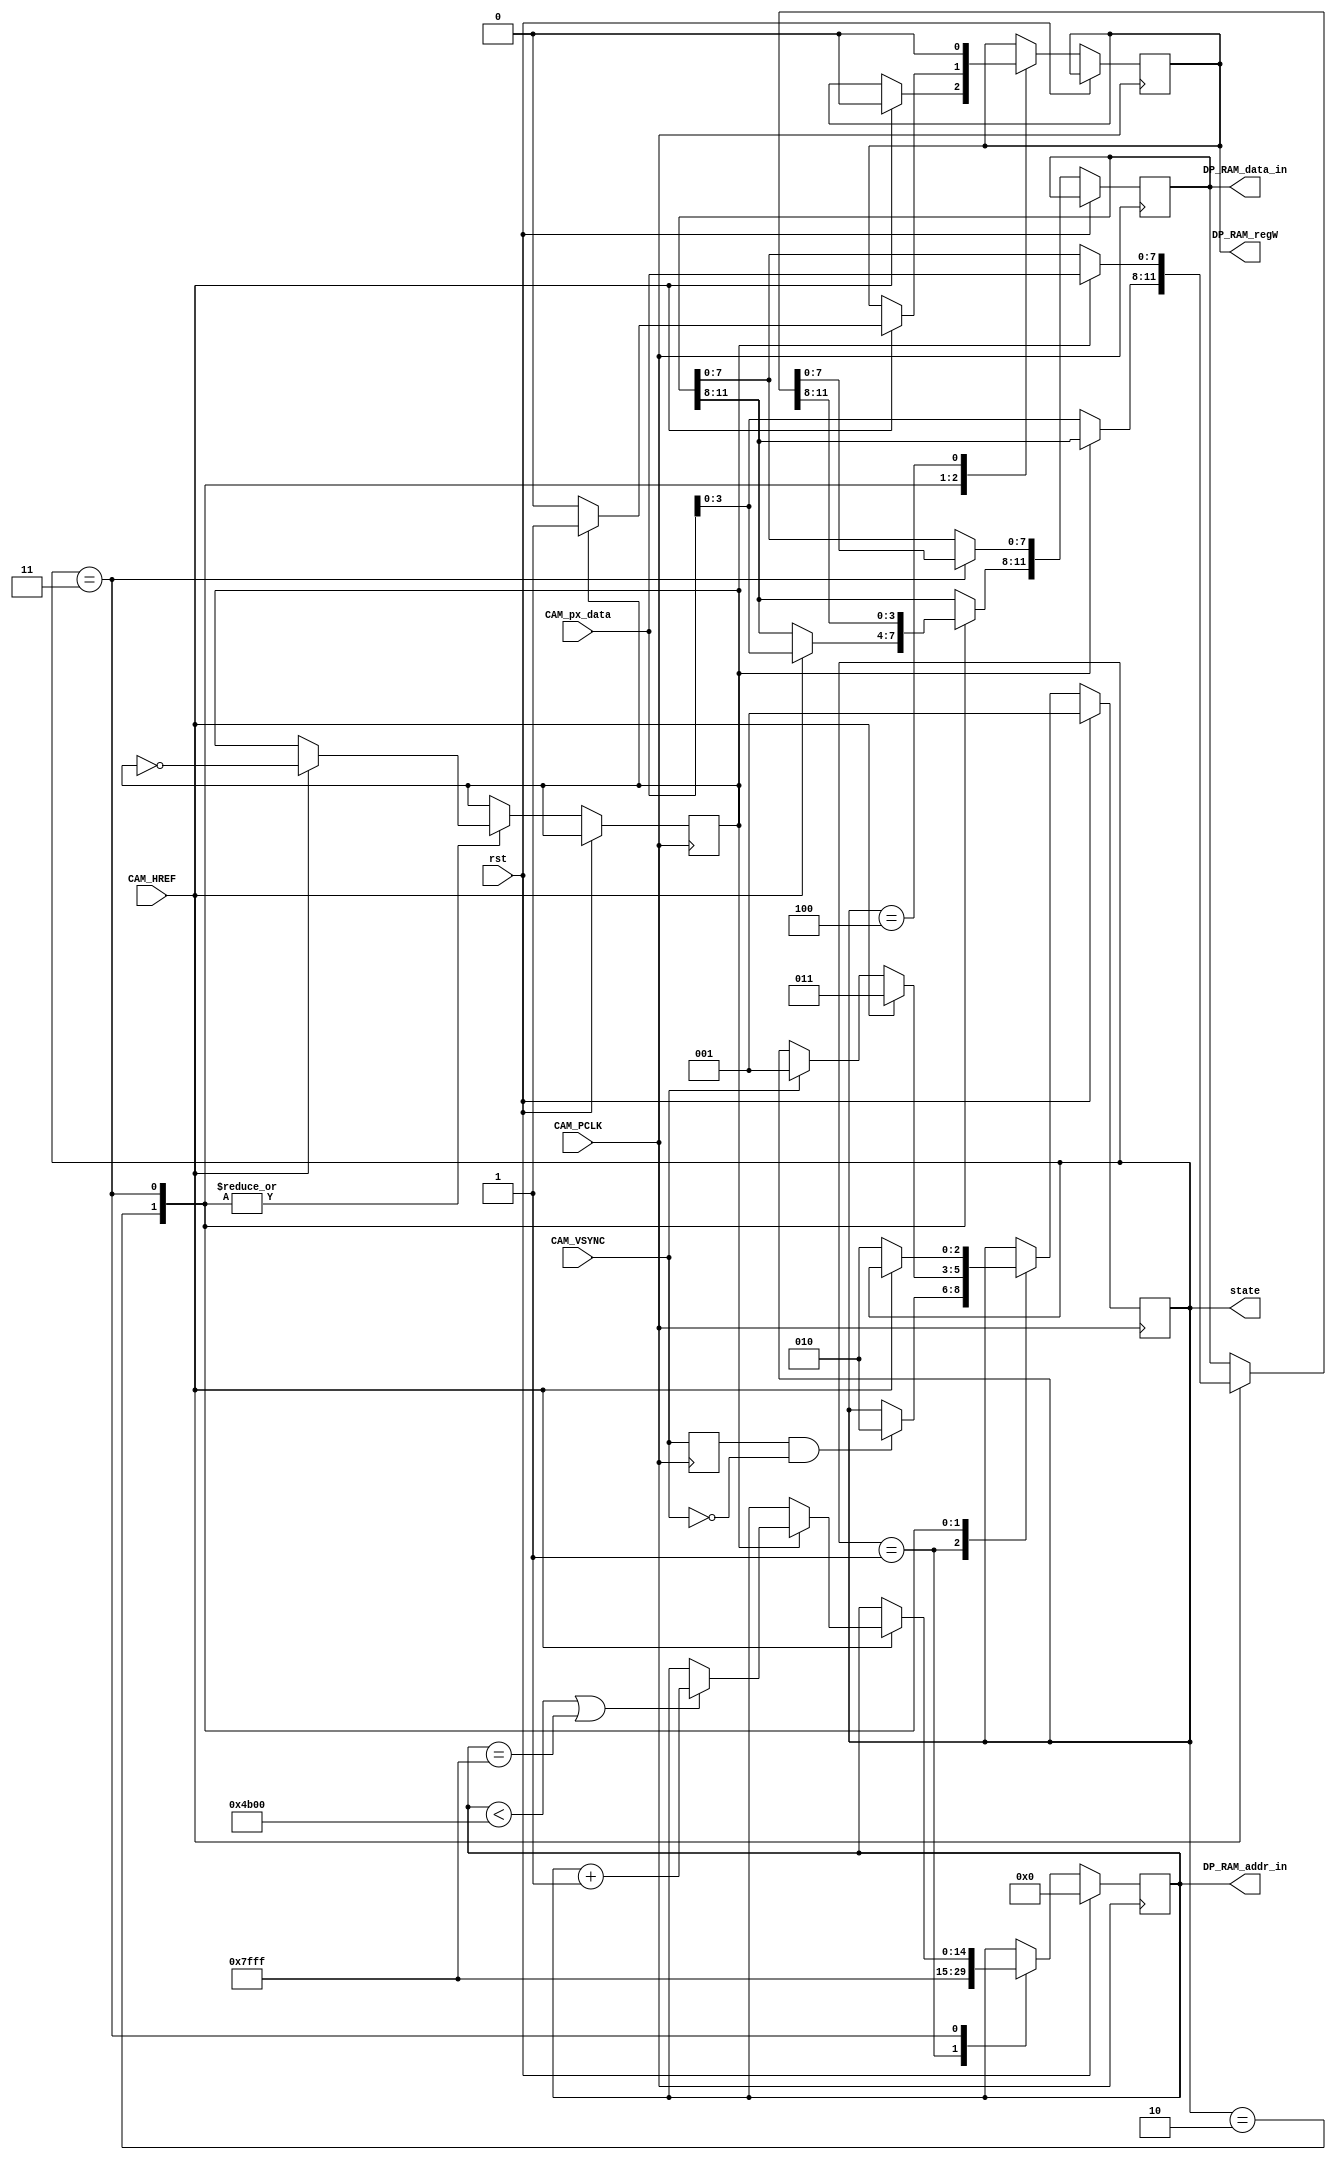
module cam_read #(
		parameter AW = 15 
		)(
		input rst,
		input CAM_PCLK,
		input CAM_VSYNC,
		input CAM_HREF,
		input [7:0] CAM_px_data,
//		input Photo_button,
//		input Video_button,

		output reg [AW-1:0] DP_RAM_addr_in = 0,
		output reg [11:0] DP_RAM_data_in = 0,
		output reg DP_RAM_regW = 0,
		output reg [2:0] state
   );
	
	reg [2:0] state=1;
	reg pas_vsync = 0;
	reg cont = 1'b0;
	reg [15:0] cont_href=16'h0000;
	reg pas_href= 0;
	reg [15:0] cont_pixel=16'h0000;
	reg [15:0] cont_pclk=16'h0000;
	
	always@(posedge CAM_PCLK) begin
		if (rst) begin
		
		  DP_RAM_addr_in=0;
		  cont_href[15:0]=16'h0000;
		  state=1;pas_vsync=0;
			
		end else 
		
		//Maquina de estados		
		
		case(state) 					
			
		1:		// Valores iniciales
			begin
				cont_href[15:0]=16'h0000;
				DP_RAM_addr_in=15'b1111_1111_1111_111;								
				if(pas_vsync && !CAM_VSYNC) begin
				    state=2;
				end
			end
			
		2:		// Contador HREF
			begin
				if(!pas_href && CAM_HREF) begin
						cont_href = cont_href +1;
						cont_pixel = 0;
						state = 3;
					DP_RAM_data_in[11:8] = {CAM_px_data[3:0]};
						DP_RAM_regW = 0;
						cont = ~cont;
						cont_pclk = cont_pclk + 1;
					
				end 
				else if(CAM_VSYNC) 
						state=1;
				else if(0)////		input Photo_button,
						state = 4;
			end
			
		3:		// Captura de datos
		begin
			if(CAM_HREF) begin  
				if (cont==0)
				begin
					DP_RAM_data_in[11:8] = {CAM_px_data[3:0]};
					DP_RAM_regW = 0;
					cont_pclk = cont_pclk + 1;
				end
				else 
				begin
					DP_RAM_data_in[7:0] = {CAM_px_data[7:0]};
					DP_RAM_regW = 1;
					if(DP_RAM_addr_in < 19200|DP_RAM_addr_in==15'b1111_1111_1111_111) DP_RAM_addr_in = DP_RAM_addr_in + 1;
					cont_pixel = cont_pixel +1;
					
				end
				cont = ~cont;
				
			end else state=2;
		end
		
		4:		// Mostrar imagen		
		begin
			DP_RAM_regW = 0;
			
			if(0)//		input Video_button,
				state = 1;
		end
		endcase
		
		pas_vsync = CAM_VSYNC;
	end

endmodule